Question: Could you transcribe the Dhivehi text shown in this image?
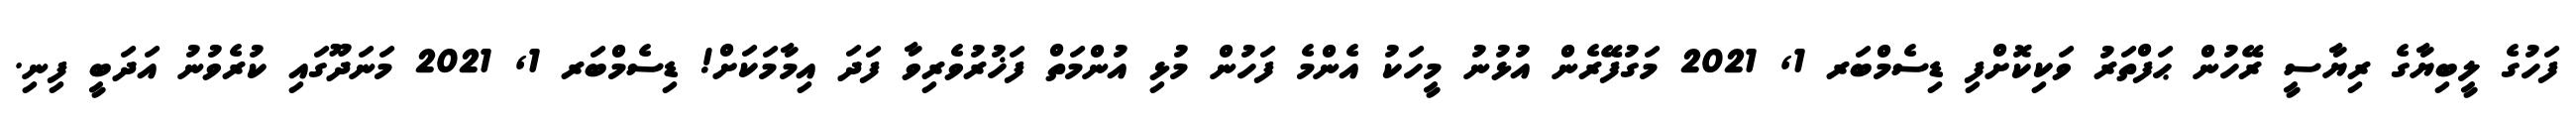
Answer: ފަހުގެ ލީބިޔާގެ ރިޔާސީ ރޭހުން ޙަފްތަރު ވަކިކޮށްފި ޑިސެމްބަރ 1, 2021 މަގުފޭރެން އުޅުނު މީހަކު އެންމެ ފަހުން މުޅި އުންމަތް ފަޚުރުވެރިވާ ފަދަ އިމާމަކަށް! ޑިސެމްބަރ 1, 2021 މަނަދޫގައި ކުރެވުނު އަދަބީ ފިނި.